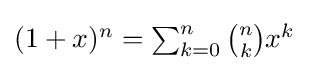
{\textstyle (1+x)^{n}=\sum _{k=0}^{n}{\binom {n}{k}}x^{k}}